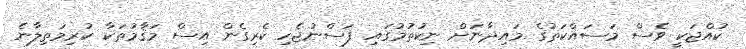
ކުއްޖަކީ ވެސް މަސައްކަތުގެ މައިދާނަށް ނިކުތުމުގައި ފަސްނުޖެހި ކެރިގެން އިސް މަޤާމުތަކާ ކުރިމަތިލާނެ